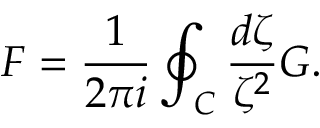
F = \frac { 1 } { 2 \pi i } \oint _ { C } \frac { d \zeta } { \zeta ^ { 2 } } G .